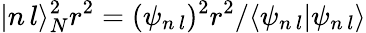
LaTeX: |n\, l\rangle_{N}^{2}r^{2}=(\psi_{n\, l})^{2}r^{2}/\langle\psi_{n\, l}|\psi_{n\, l}\rangle